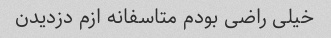
خیلی راضی بودم متاسفانه ازم دزدیدن